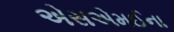
એસએમઈના